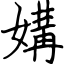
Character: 媾